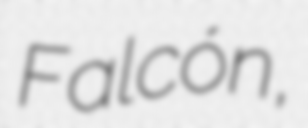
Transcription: Falcón,